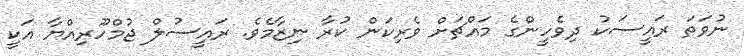
ނުވަތަ ރަޢީސަކު ދިވެހީންގެ މައްޗަށް ވެރިކަން ކުރާ ނިޒާމެވެ. ރައީސުލް ޖުމްހޫރިއްޔާ އަކީ